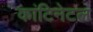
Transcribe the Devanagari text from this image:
कांटिनेटल